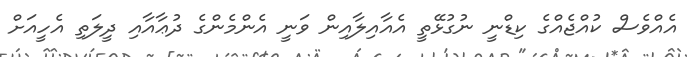
އެއްވެސް ކުއްޖެއްގެ ކިޑްނީ ނުގުޅޭތީ އެއާއިލާއިން ވަނީ އެންމެންގެ ދުޢާއާއި ދީލަތި އެހީއަށް